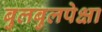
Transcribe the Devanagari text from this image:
बुलबुलपेक्षा